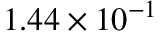
1 . 4 4 \times 1 0 ^ { - 1 }